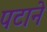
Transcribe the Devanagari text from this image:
पटाने